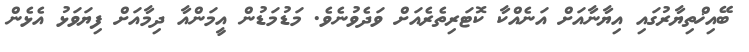
ބޭއިޚްތިޔާރުގައި އިޔާނާއަށް އަނެއްކާ ކޮޓަރިތެރެއަށް ވަދެވުނެވެ. މަޑުމަޑުން އީމަންއާ ދިމާއަށް ފިޔަވަޅު އެޅެން